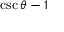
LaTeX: \csc \theta - 1